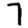
Digit: 7